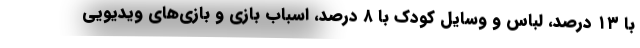
با ۱۳ درصد، لباس و وسایل کودک با ۸ درصد، اسباب بازی و بازی‌های ویدیویی